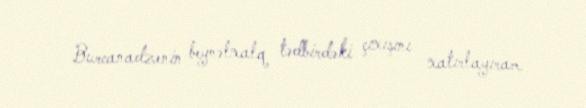
Burcanadzenin beynəlxalq tədbirdəki çıxışını xatırlayıram.